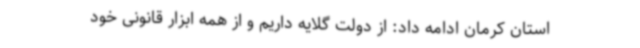
استان کرمان ادامه داد: از دولت گلایه داریم و از همه ابزار قانونی خود